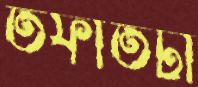
তফাতটা